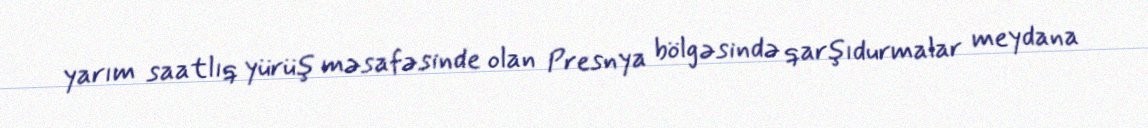
yarım saatlıq yürüş məsafəsinde olan Presnya bölgəsində qarşıdurmalar meydana